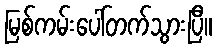
မြစ်ကမ်းပေါ်တက်သွားပြီ။